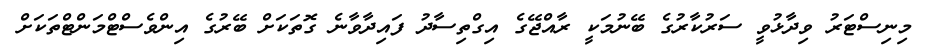
މިނިސްޓަރު ވިދާޅުވީ ސަރުކާރުގެ ބޭނުމަކީ ރާއްޖޭގެ އިގްތިސާދު ފައިދާވާނެ ގޮތަކަށް ބޭރުގެ އިންވެސްޓްމަންޓްތަކަށް